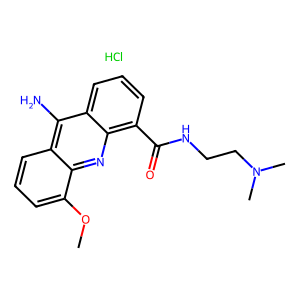
SMILES: COc1cccc2c(N)c3cccc(C(=O)NCCN(C)C)c3nc12.Cl
Inhibits HIV replication: No